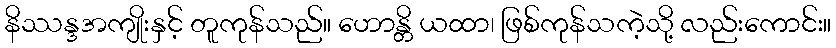
နိဿန္ဒအကျိုးနှင့် တူကုန်သည်။ ဟောန္တိ ယထာ၊ ဖြစ်ကုန်သကဲ့သို့ လည်းကောင်း။